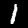
Digit: 1